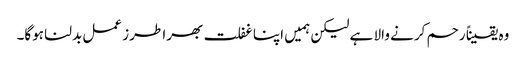
وہ یقیناً رحم کرنے والا ہے لیکن ہمیں اپنا غفلت بھرا طرز عمل بدلنا ہوگا۔